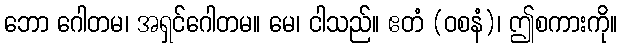
ဘော ဂေါတမ၊ အရှင်ဂေါတမ။ မေ၊ ငါသည်။ ဧတံ (ဝစနံ)၊ ဤစကားကို။